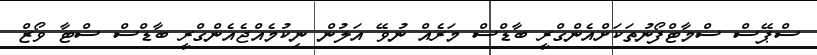
ސްޕޭސް ސްމާޓްފޯނުތަކަށްއެންގްރީ ބާޑްސް މަރެއް ނުވޭ އަލުން ނިކުމެއްޖެއެންގްރީ ބާޑްސް ސްޓާ ވޯޒް